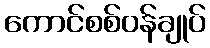
ကောင်စစ်ဝန်ချုပ်